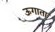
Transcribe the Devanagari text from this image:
ऊगाता